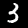
Digit: 3